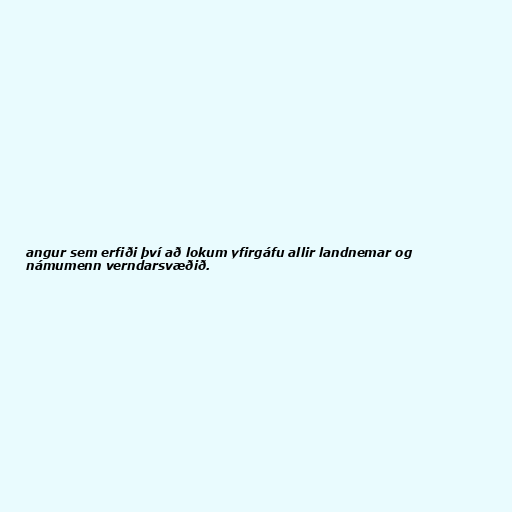
angur sem erfiði því að lokum yfirgáfu allir landnemar og
námumenn verndarsvæðið.